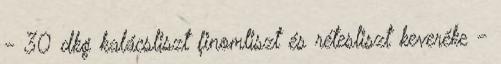
- 30 dkg kalácsliszt finomliszt és rétesliszt keveréke -